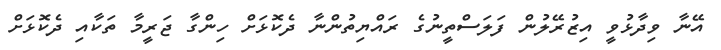
އޭނާ ވިދާޅުވީ އިޒުރޭލުން ފަލަސްތީނުގެ ރައްޔިތުންނާ ދެކޮޅަށް ހިންގާ ޖަރީމާ ތަކާއި ދެކޮޅަށް